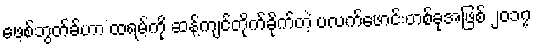
ဖေ့စ်ဘွတ်ခ်ဟာ ထရမ့်ကို ဆန့်ကျင်တိုက်ခိုက်တဲ့ ပလက်ဖောင်းတစ်ခုအဖြစ် ၂၀၁၇